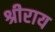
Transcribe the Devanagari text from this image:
श्रीराय